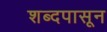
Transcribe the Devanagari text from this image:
शब्दपासून